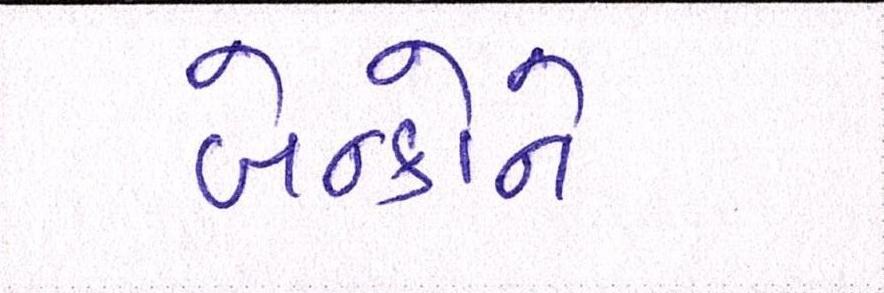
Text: બેન્કોને